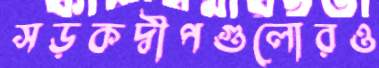
সড়কদ্বীপগুলোরও